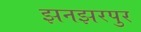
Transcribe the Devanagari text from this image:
झनझरपुर